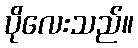
ပိုလေးသည်။